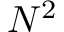
N ^ { 2 }